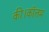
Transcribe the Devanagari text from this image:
की।कॉलम